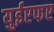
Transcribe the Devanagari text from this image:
युईएफए